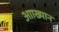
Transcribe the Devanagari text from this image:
आाख्यान